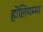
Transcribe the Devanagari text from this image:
होलियम्मा